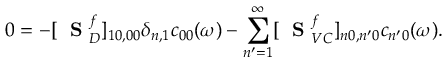
0 = - [ \mathrm { ~ \bf ~ S ~ } _ { D } ^ { f } ] _ { 1 0 , 0 0 } \delta _ { n , 1 } c _ { 0 0 } ( \omega ) - \sum _ { n ^ { \prime } = 1 } ^ { \infty } [ \mathrm { ~ \bf ~ S ~ } _ { V C } ^ { f } ] _ { n 0 , n ^ { \prime } 0 } c _ { n ^ { \prime } 0 } ( \omega ) .